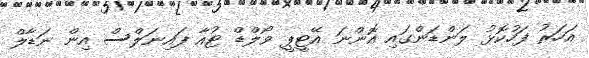
އަހަރު ފަހުކޮޅު ލަންޑަންގައި އޮންނަ އޭޓީޕީ ވޯލްޑް ޓުއާ ފައިނަލްސް އިން ނަޑާލް